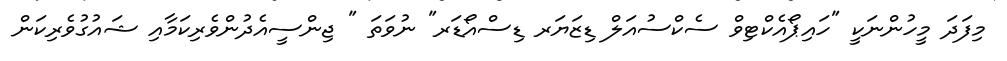
މިފަދަ މީހުންނަކީ "ހައިޕޯއެކްޓިވް ސެކްސުއަލް ޑިޒަޔަރ ޑިސްއޯޑަރ" ނުވަތަ " ޖިންސީއެދުންވެރިކަމާއި ޝައުގުވެރިކަން